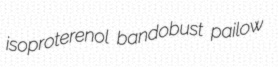
isoproterenol bandobust pailow